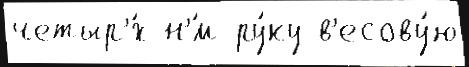
четыр'́х н'́м ру́ку в'есову́ю